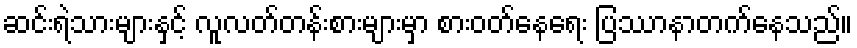
ဆင်းရဲသားများနှင့် လူလတ်တန်းစားများမှာ စားဝတ်နေရေး ပြဿာနာတက်နေသည်။